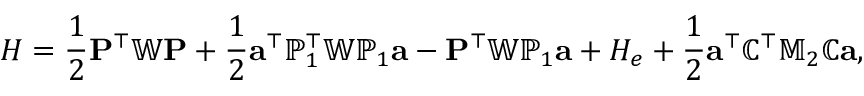
H = \frac { 1 } { 2 } { \mathbf P } ^ { \top } \mathbb { W } { \mathbf P } + \frac { 1 } { 2 } { \mathbf a } ^ { \top } { \mathbb P } _ { 1 } ^ { \top } \mathbb { W } { \mathbb P } _ { 1 } { \mathbf a } - { \mathbf P } ^ { \top } \mathbb { W } \mathbb { P } _ { 1 } { \mathbf a } + H _ { e } + \frac { 1 } { 2 } { \mathbf a } ^ { \top } { \mathbb C } ^ { \top } \mathbb { M } _ { 2 } { \mathbb C } { \mathbf a } ,